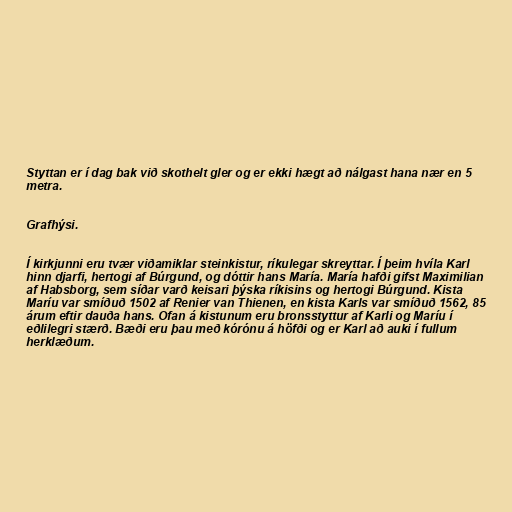
Styttan er í dag bak við skothelt gler og er ekki hægt að nálgast hana nær en 5
metra.

Grafhýsi.

Í kirkjunni eru tvær viðamiklar steinkistur, ríkulegar skreyttar. Í þeim hvíla Karl
hinn djarfi, hertogi af Búrgund, og dóttir hans María. María hafði gifst Maximilian
af Habsborg, sem síðar varð keisari þýska ríkisins og hertogi Búrgund. Kista
Maríu var smíðuð 1502 af Renier van Thienen, en kista Karls var smíðuð 1562, 85
árum eftir dauða hans. Ofan á kistunum eru bronsstyttur af Karli og Maríu í
eðlilegri stærð. Bæði eru þau með kórónu á höfði og er Karl að auki í fullum
herklæðum.